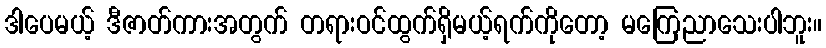
ဒါပေမယ့် ဒီဇာတ်ကားအတွက် တရားဝင်ထွက်ရှိမယ့်ရက်ကိုတော့ မကြေညာသေးပါဘူး။